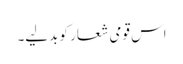
اس قومی شعار کو بدلیے۔